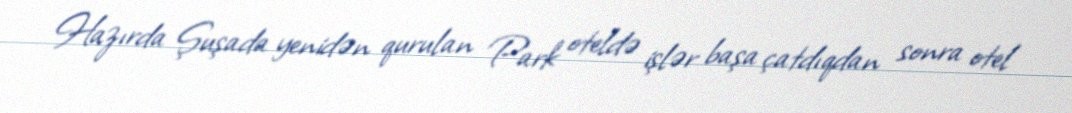
Hazırda Şuşada yenidən qurulan Park oteldə işlər başa çatdıqdan sonra otel